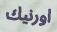
اورنيك